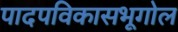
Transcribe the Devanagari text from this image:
पादपविकासभूगोल